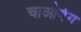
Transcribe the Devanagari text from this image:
चाओयंग